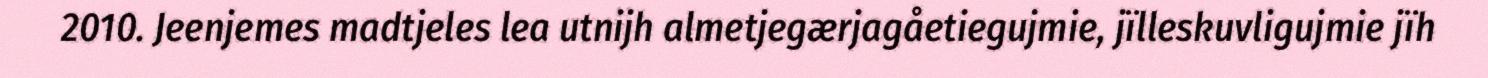
2010. Jeenjemes madtjeles lea utnijh almetjegærjagåetiegujmie, jïlleskuvligujmie jïh